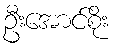
ဦးအောင်စိုး